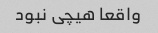
واقعا هیچی نبود